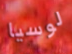
لوسيا